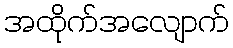
အထိုက်အလျောက်